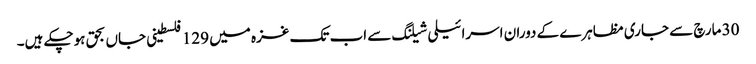
30 مارچ سے جاری مظاہرے کے دوران اسرائیلی شیلنگ سے اب تک غزہ میں 129 فلسطینی جاں بحق ہوچکے ہیں۔